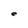
Character: e